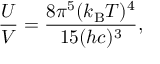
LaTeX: { \frac { U } { V } } = { \frac { 8 \pi ^ { 5 } ( k _ { \mathrm { B } } T ) ^ { 4 } } { 1 5 ( h c ) ^ { 3 } } } ,